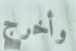
وأخرج